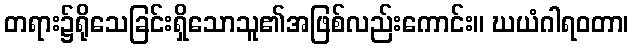
တရား၌ရိုသေခြင်းရှိသောသူ၏အဖြစ်လည်းကောင်း။ ဃယံဂါရဝတာ၊